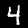
Label: 4